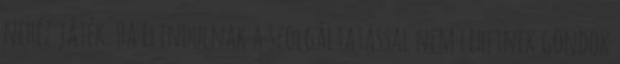
nehéz játék. Ha elindulnak a szolgáltatással nem lehetnek gondok